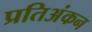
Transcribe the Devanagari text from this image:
प्रतिअंकन